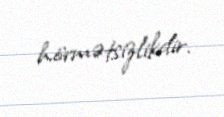
hörmətsizlikdir.